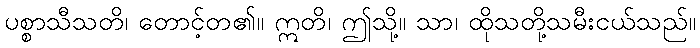
ပစ္စာသီသတိ၊ တောင့်တ၏။ ဣတိ၊ ဤသို့။ သာ၊ ထိုသတို့သမီးငယ်သည်။